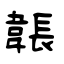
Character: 韔